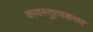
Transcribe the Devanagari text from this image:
कावस्तुत्वकरण